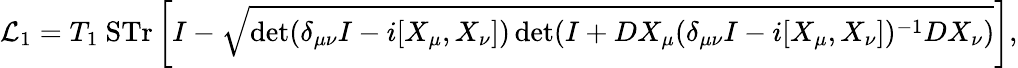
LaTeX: {\cal L}_{1}=T_{1}~\mathrm{STr}\left[I-\sqrt{\operatorname*{det}(\delta_{\mu\nu}I-i[X_{\mu},X_{\nu}])\operatorname*{det}(I+DX_{\mu}(\delta_{\mu\nu}I-i[X_{\mu},X_{\nu}])^{-1}DX_{\nu})}\right],